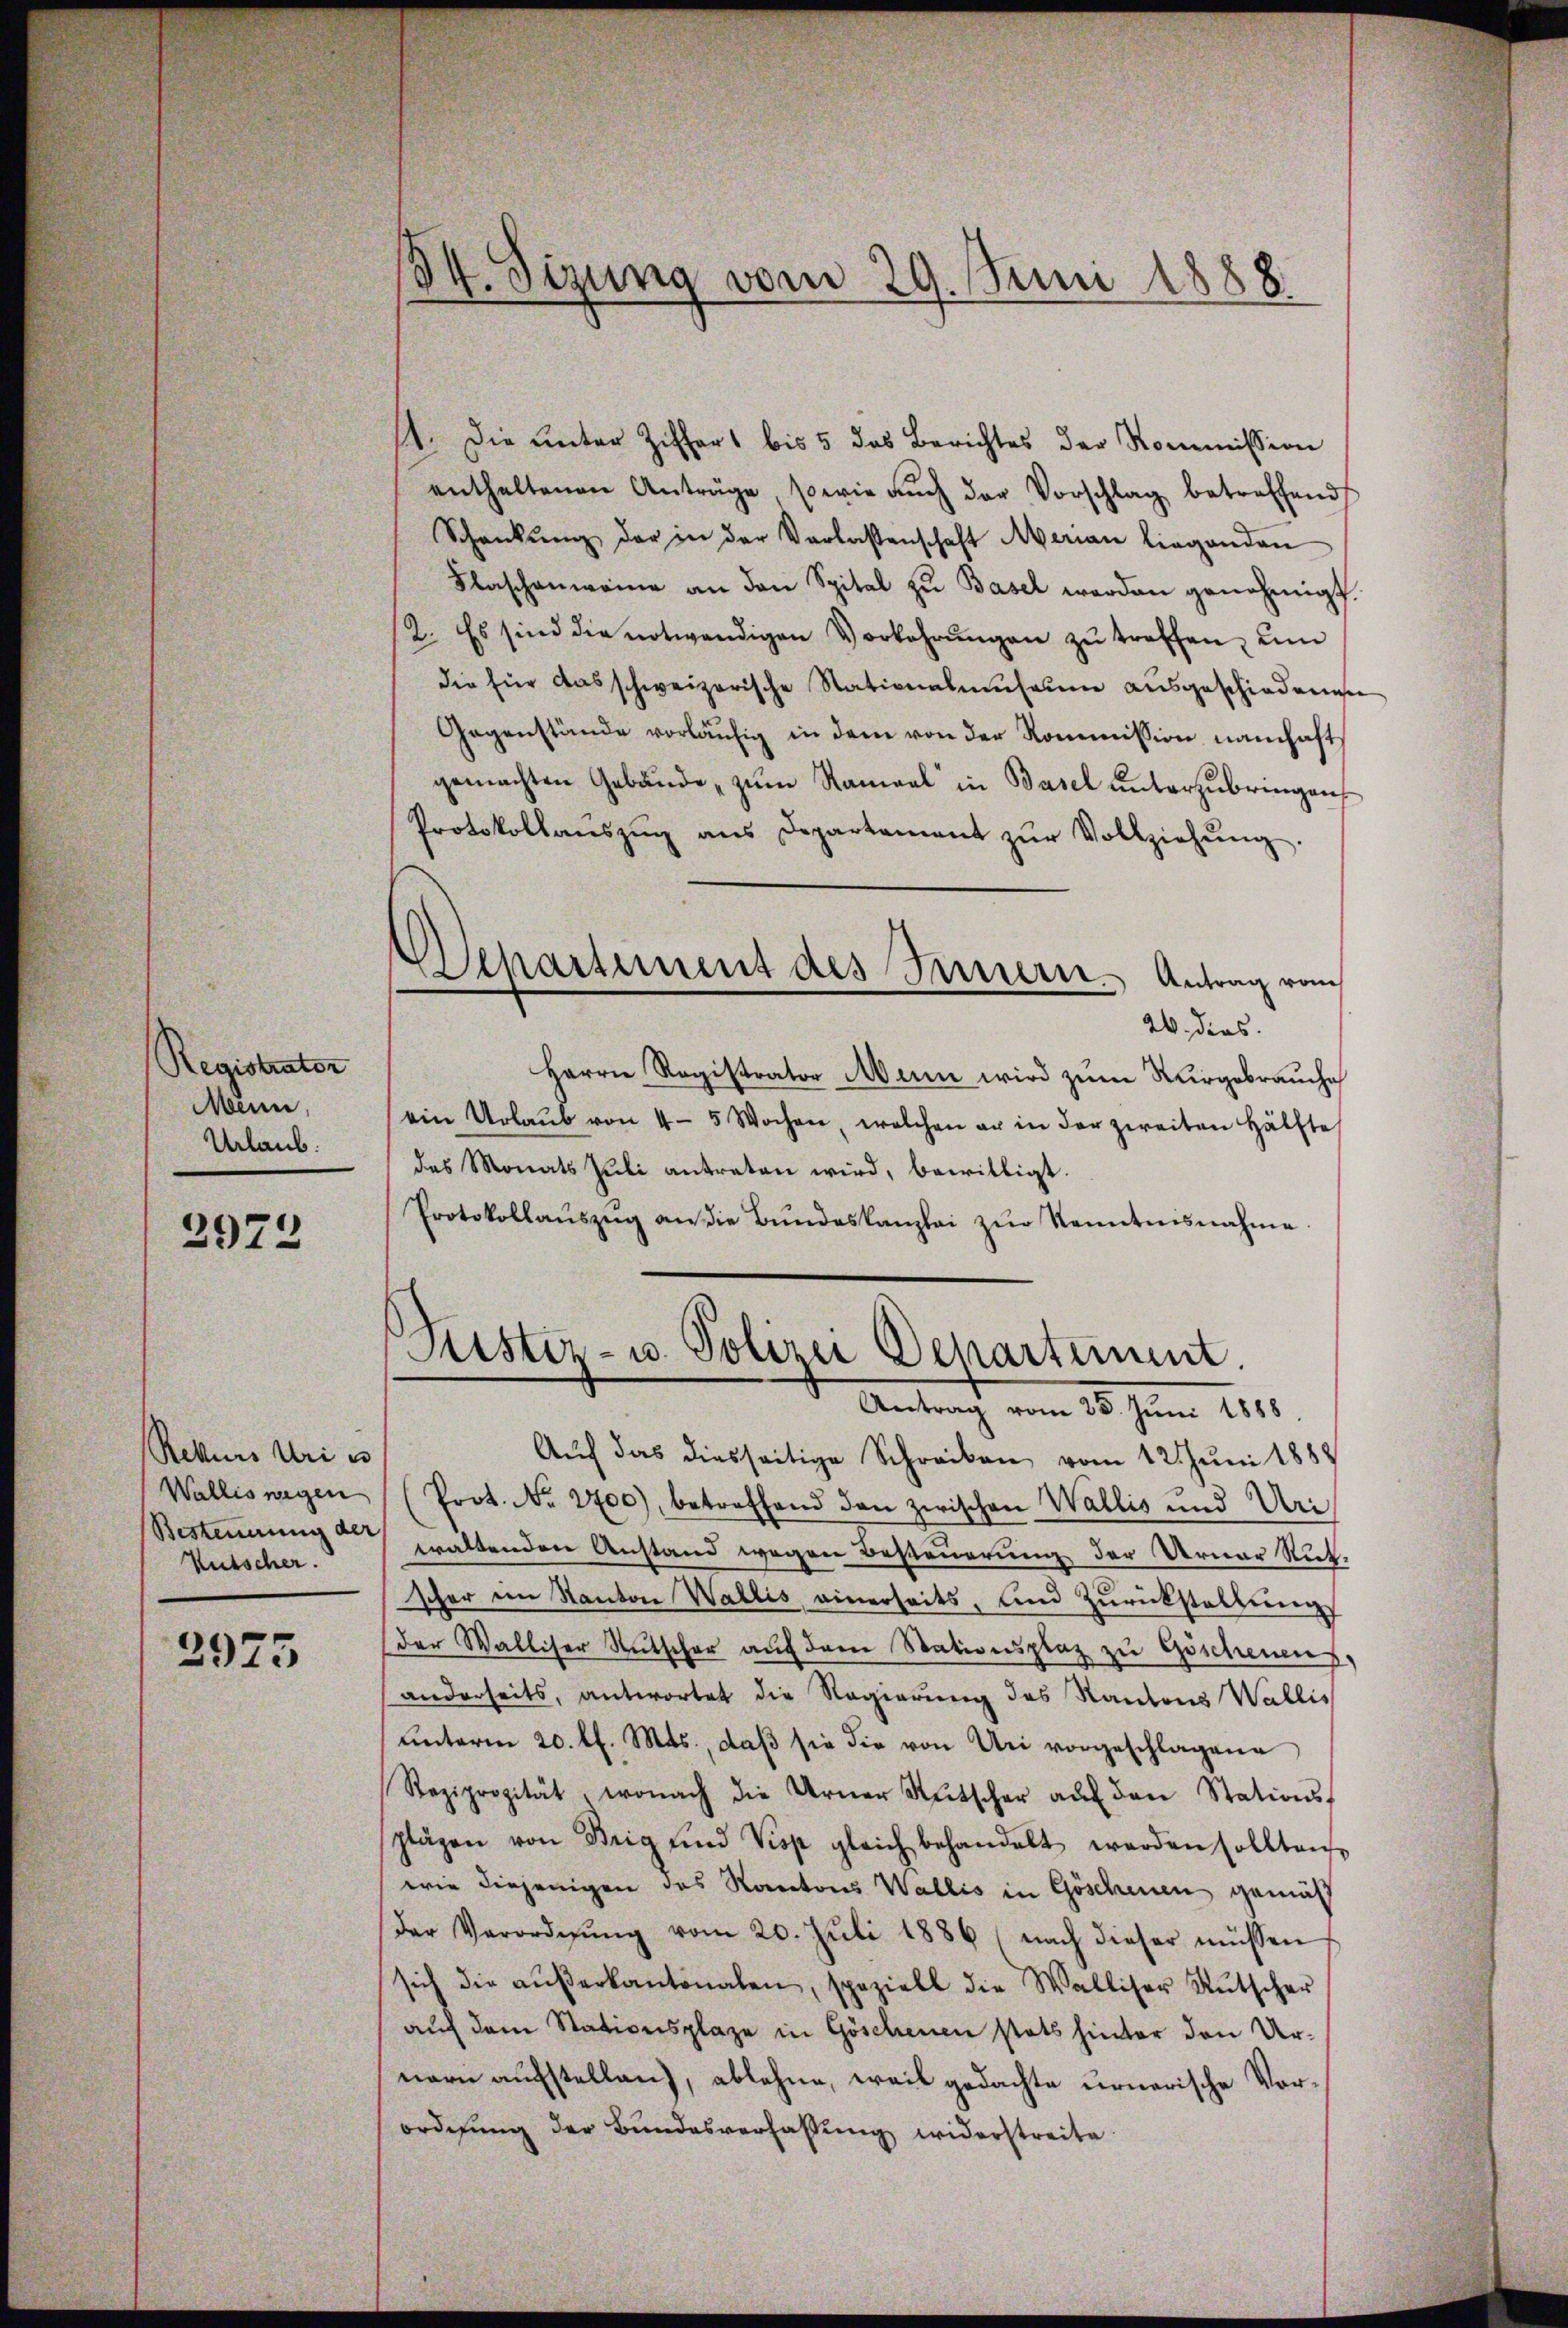
Registrator
Menn,
Urlaub.
2972

Rekurs Uri es
Kutscher.
2975

34. Sizung vom 29. Juni 1888.

1. Die unter Ziffert bis 5 das Berichtes der Kommission
enthaltenen Anträge, sowie aŭch der Vorschlag betreffend
Schankŭng der in der Verlassenschaft Marian Liegenden
Flaschenweine an den Spital zŭ Basel werden genehmigt.
2. Es sind die notwendigen Vorkehrŭngen zŭ treffen, um
die für das schweizerische Stationalmuhrung ausgeschiedenen
Gegenstände vorläufig in dem von der Kommission namhafts
gemachten Gebäude, zum Ramaal in Basel unterzubringen
Protokollanszŭg ans Departement zŭr Vollziehŭng.
Departement des Innern. Antrag vom
20. dies
Herrn Registrator Man wird zum Nargebrauche
ein Urlaŭb von 4 - 5 Wochen, welchen er in der zweiten Hälfte
des Monats Juli antreten wird, bewilligt.
Protokollaŭszŭg an die Bŭndeskanzlei zŭr Kenntnisnahme.

Puster- u. Polizei Departement.
Antrag vom 25. Juni 1888.

Auf das diesseitige Schreiben vom 12. Juni 1888
Wallis wegen (Prot. No. 2700), betreffend den zwischen Wallis und Uri
Besteuerung an waltenden Anstand wegen Besteuerung der Urner Rutscher im Kanton Wallis, einerseits, und Zŭrückstellung
der Walliser Rutscher auf dem Stationsplaz zu Göschenen
anderseits, antwortet die Regierung des Kantons Wallis
ŭnterm 20. fl. Mts., daβ sie die von Uri vorgeschlagene
Reziprozität, wonach die Arner Sŭtscher aŭf den Stationsschlägen von Brig und Visp gleich behandelt werden sollten
wie diejenigen des Kantons Wallis in Göschenen gemäß
Der Verordnŭng vom 20. Juli 1886 (nach dieser müssen
sich die aŭβerkantonalen, speziell die Walliser Rŭtscher
auf dem Stationsplaze in Göschenen statt hinter den Urnern aufstellen), ablehne, weil gedachte urnerische Vorordnung der Bundesverfassung widerstreite